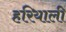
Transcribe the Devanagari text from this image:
हरियाली